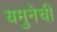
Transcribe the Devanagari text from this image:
यमुनेची